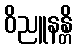
ဝိညူနန္တိ